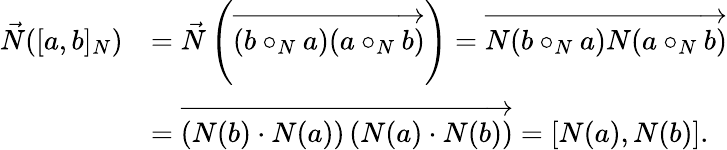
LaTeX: \begin{array}{rl}{\vec{N}([a,b]_{N})}&{=\vec{N}\left(\overrightarrow{(b\circ_{N}a)(a\circ_{N}b)}\right)=\overrightarrow{N(b\circ_{N}a)N(a\circ_{N}b)}}\\ &{=\overrightarrow{\left(N(b)\cdot N(a)\right)\left(N(a)\cdot N(b)\right)}=[N(a),N(b)].}\end{array}